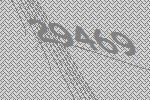
29469